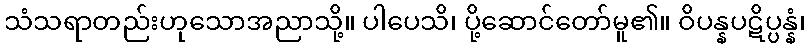
သံသရာတည်းဟုသောအညာသို့။ ပါပေသိ၊ ပို့ဆောင်တော်မူ၏။ ဝိပန္နပဋိပ္ပန္နံ၊